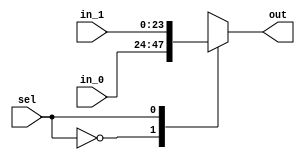
module SW_24(
	in_0,
	in_1,
	sel,
	out
);

parameter DATA_WIDTH = 24;

input [DATA_WIDTH - 1: 0]in_0;
input [DATA_WIDTH - 1: 0]in_1; 
input sel;
output [DATA_WIDTH - 1: 0]out;

wire [DATA_WIDTH - 1: 0]in_0;
wire [DATA_WIDTH - 1: 0]in_1;

reg [DATA_WIDTH - 1: 0]out;

	always @*
		case (sel)
		0: out = in_0;
		1: out = in_1;
		endcase
endmodule